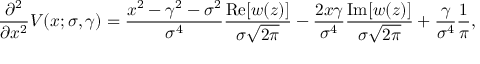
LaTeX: { \frac { \partial ^ { 2 } } { \partial x ^ { 2 } } } V ( x ; \sigma , \gamma ) = { \frac { x ^ { 2 } - \gamma ^ { 2 } - \sigma ^ { 2 } } { \sigma ^ { 4 } } } { \frac { \operatorname { R e } [ w ( z ) ] } { \sigma { \sqrt { 2 \pi } } } } - { \frac { 2 x \gamma } { \sigma ^ { 4 } } } { \frac { \operatorname { I m } [ w ( z ) ] } { \sigma { \sqrt { 2 \pi } } } } + { \frac { \gamma } { \sigma ^ { 4 } } } { \frac { 1 } { \pi } } ,